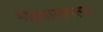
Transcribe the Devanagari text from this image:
मोक्षधामावरून